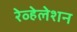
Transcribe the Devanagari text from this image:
रेव्हेलेशन